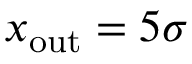
x _ { \mathrm { o u t } } = 5 \sigma